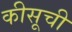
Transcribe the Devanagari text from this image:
कीसूची